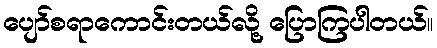
ပျော်စရာကောင်းတယ်လို့ ပြောကြပါတယ်။